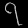
Digit: ၇